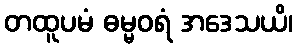
တထူပမံ ဓမ္မဝရံ အဒေသယိ၊